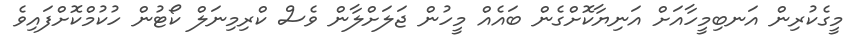
މީގެކުރިން އަނބިމީހާއަށް އަނިޔާކޮށްގެން ބައެއް މީހުން ޖަލަށްލާން ވެސް ކްރިމިނަލް ކޯޓުން ހުކުމްކޮށްފައިވެ